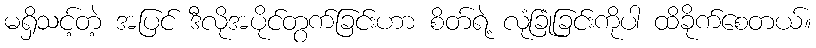
မရှိသင့်တဲ့ အပြင် ဒီလိုအပိုင်တွက်ခြင်းဟာ စိတ်ရဲ့ လုံခြုံခြင်းကိုပါ ထိခိုက်စေတယ်။